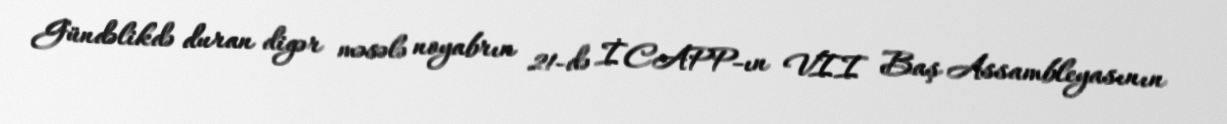
Gündəlikdə duran digər məsələ noyabrın 21-də İCAPP-ın VII Baş Assambleyasının